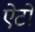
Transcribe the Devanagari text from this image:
ऐटो